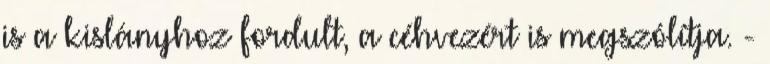
is a kislányhoz fordult, a céhvezért is megszólítja. -